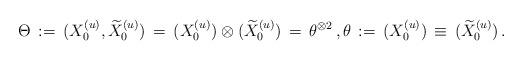
LaTeX: \begin{align*} \,\Theta \, :=\, ( X_{0}^{(u)}, \widetilde{X}_{0}^{(u)}) \, =\, (X_{0}^{(u)}) \otimes ( \widetilde{X}_{0}^{(u)}) \, =\, \theta^{\otimes 2} \, , \theta \, :=\, (X_{0}^{(u)}) \, \equiv\, ( \widetilde{X}_{0}^{(u)})\,. \end{align*}